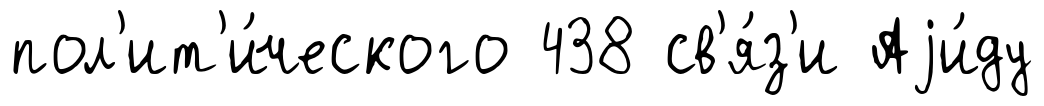
пол'ит'и́ческого 438 св'я́з'и Аjи́ду